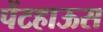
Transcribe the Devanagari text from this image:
पेंटहाऊस